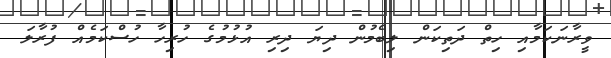
ވީރާނަކަމާއި ހިތް ދަތިކަން ލިބެމުން ދިޔަ ދިރި އުޅުމުގެ ހުރިހާ ހުސްކަމެއް ފުރާލަ